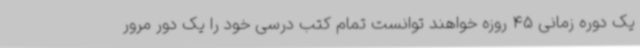
یک دوره زمانی 45 روزه خواهند توانست تمام کتب درسی خود را یک دور مرور